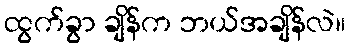
ထွက်ခွာ ချိန်က ဘယ်အချိန်လဲ။